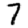
Digit: 7